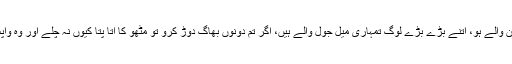
تم دونوں اتنی شان والے ہو، اتنے بڑے بڑے لوگ تمہاری میل جول والے ہیں، اگر تم دونوں بھاگ دوڑ کرو تو مٹھو کا اتا پتا کیوں نہ چلے اور وہ واپس کیوں نہ آئے؟